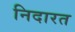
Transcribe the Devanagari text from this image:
निदारत